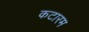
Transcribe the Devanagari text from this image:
कटारम